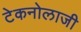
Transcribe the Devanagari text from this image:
टेकनोलाजी